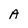
Character: A